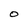
Character: O